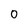
Character: 0